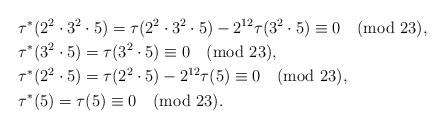
LaTeX: \begin{align*}& \tau^*(2^2\cdot 3^2\cdot 5)=\tau(2^2\cdot 3^2\cdot 5)-2^{12}\tau(3^2\cdot 5) \equiv 0 \pmod{23},\\& \tau^*(3^2\cdot 5)=\tau(3^2\cdot 5)\equiv 0 \pmod{23},\\& \tau^*(2^2\cdot 5)=\tau(2^2\cdot 5)-2^{12}\tau(5)\equiv 0 \pmod{23},\\& \tau^*(5)=\tau(5) \equiv 0 \pmod{23}.\end{align*}